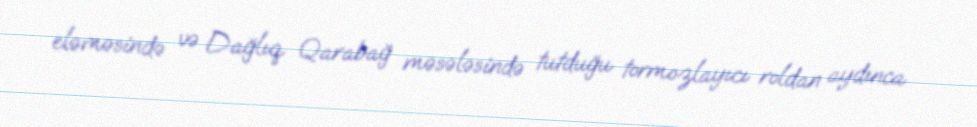
eləməsində və Dağlıq Qarabağ məsələsində tutduğu tormozlayıcı roldan aydınca